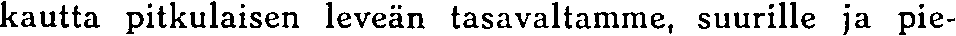
kautta pitkulaisen leveän tasavaltamme, suurille ja pie-